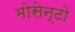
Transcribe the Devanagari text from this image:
मोसेन्टो